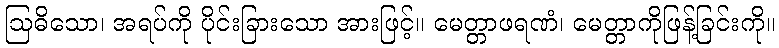
ဩဓိသော၊ အရပ်ကို ပိုင်းခြားသော အားဖြင့်။ မေတ္တာဖရဏံ၊ မေတ္တာကိုဖြန့်ခြင်းကို။